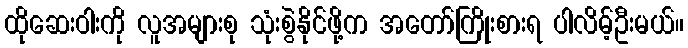
ထိုဆေးဝါးကို လူအများစု သုံးစွဲနိုင်ဖို့က အတော်ကြိုးစားရ ပါလိမ့်ဦးမယ်။